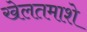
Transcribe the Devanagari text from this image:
खेलतमाशे